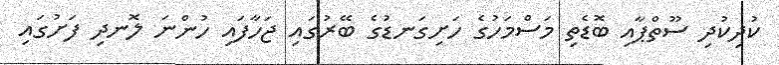
ކުދިކުދި ސޫތްޕާއި ބޮޑެތި މަސްމަހުގެ ހަށިގަނޑުގެ ބޭރުގައި ޖަހާފައި ހުންނަ ލޮނދި ފަށުގައި